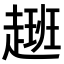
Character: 𮚽